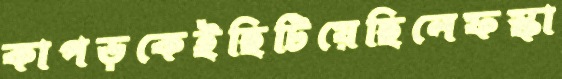
কাপড়কেইছিটিয়েছিলেফস্‌কা